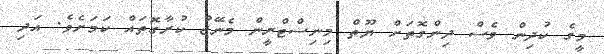
މީގެ ކުދިން ވެސް ދިންގޮތަށް ޔޫތް މިނިސްޓްރީން މެނޭޖު ކުރާގޮތައް ކަމަށެވެ. އަދި